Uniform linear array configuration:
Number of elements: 4
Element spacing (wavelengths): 0.25
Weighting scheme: exponential
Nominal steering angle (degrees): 45
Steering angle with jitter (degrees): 46.586
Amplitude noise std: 0.05
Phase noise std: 0.05

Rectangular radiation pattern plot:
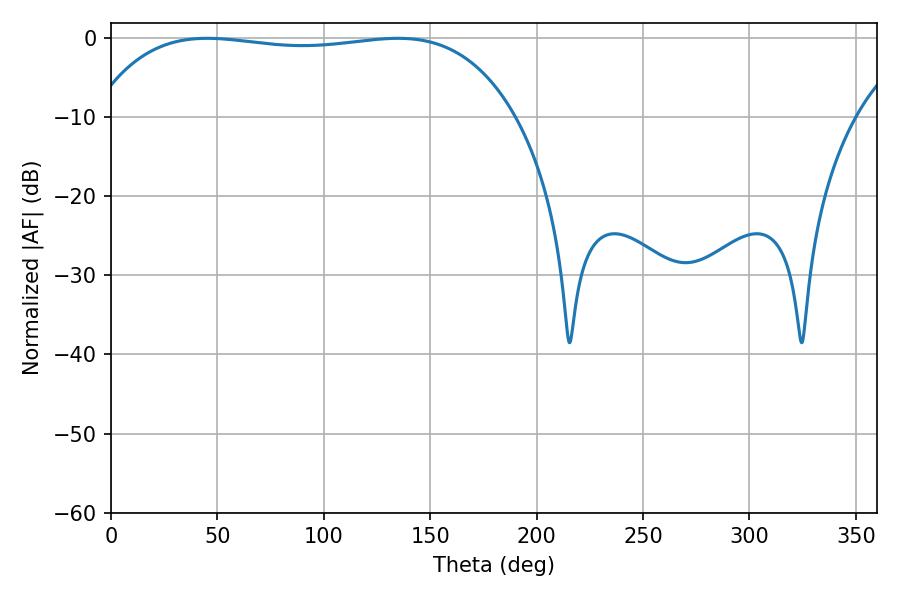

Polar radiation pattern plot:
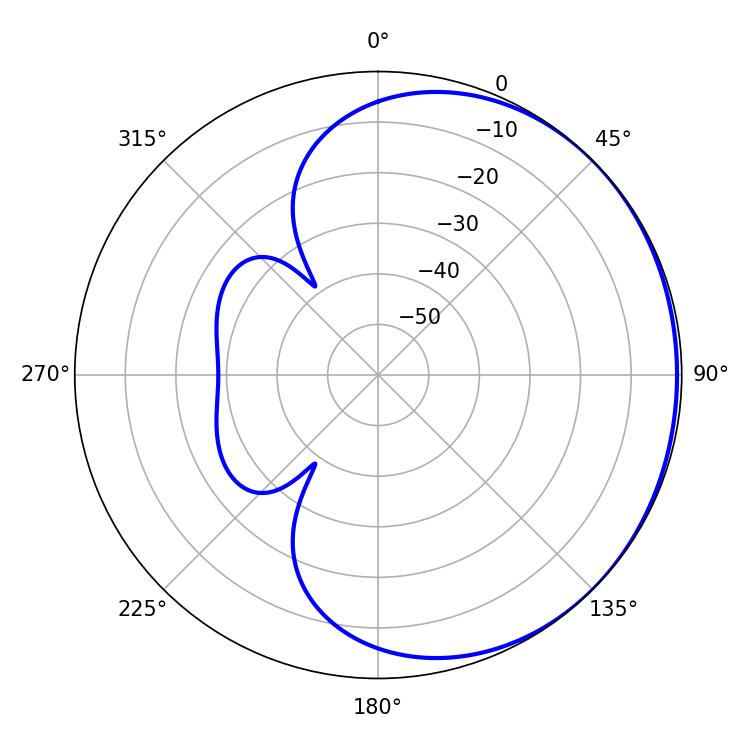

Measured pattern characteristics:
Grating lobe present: FALSE
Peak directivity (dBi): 0.5997
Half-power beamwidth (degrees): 158.04
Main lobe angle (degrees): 45.18